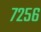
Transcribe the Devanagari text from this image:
७२५६